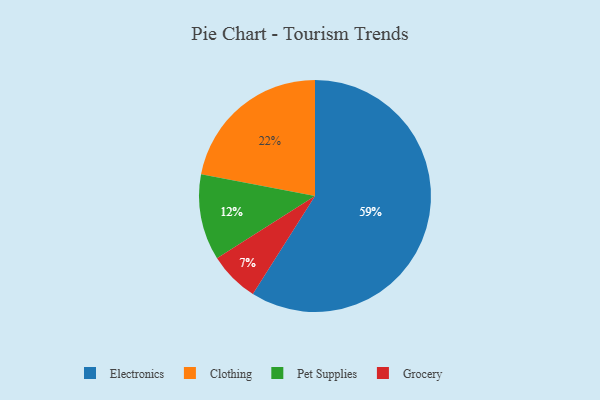
{"axis": {"x": "Category", "y": "Percentage"}, "legend": ["Clothing", "Electronics", "Grocery", "Pet Supplies"], "data": [{"x": "Electronics", "y": 59, "type": "Electronics"}, {"x": "Grocery", "y": 7, "type": "Grocery"}, {"x": "Clothing", "y": 22, "type": "Clothing"}, {"x": "Pet Supplies", "y": 12, "type": "Pet Supplies"}]}